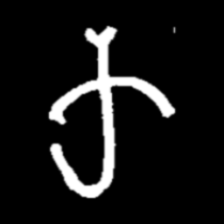
Pyu character \u2014 Myanmar letter: က (romanized: ka)